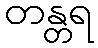
တန္တရ